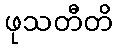
ဖုသတီတိ